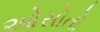
ઓસોતો